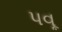
પવૂ